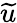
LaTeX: \widetilde{u}